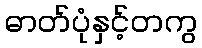
ဓာတ်ပုံနှင့်တကွ